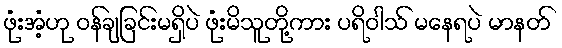
ဖုံးအံ့ဟု ဝန်ချခြင်းမရှိပဲ ဖုံးမိသူတို့ကား ပရိဝါသ် မနေရပဲ မာနတ်